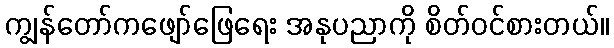
ကျွန်တော်ကဖျော်ဖြေရေး အနုပညာကို စိတ်ဝင်စားတယ်။